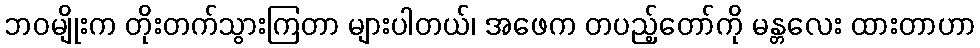
ဘဝမျိုးက တိုးတက်သွားကြတာ များပါတယ်၊ အဖေက တပည့်တော်ကို မန္တလေး ထားတာဟာ